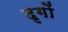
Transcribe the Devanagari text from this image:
दृगों